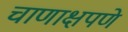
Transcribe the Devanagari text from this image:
चाणाक्षपणे